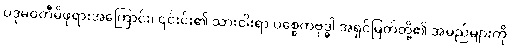
ပဒုမဝတီမိဖုရားအကြောင်း၊ ၎င်းင်း၏ သားငါးရာ ပစ္စေကဗုဒ္ဓါ အရှင်မြတ်တို့၏ အမည်များကို